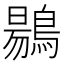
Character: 𪃌